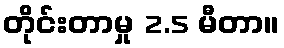
တိုင်းတာမှု 2.5 မီတာ။